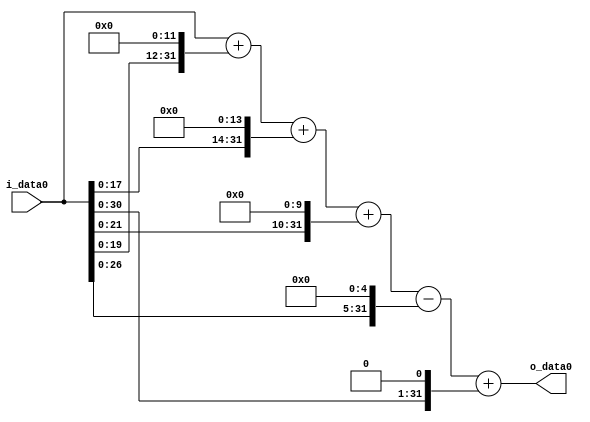
module multiplier_block_81 (
    i_data0,
    o_data0
);
  input   [31:0] i_data0;
  output  [31:0]
    o_data0;
  wire [31:0]
    w1,
    w4096,
    w4097,
    w16384,
    w20481,
    w1024,
    w21505,
    w32,
    w21473,
    w2,
    w21475;
  assign w1 = i_data0;
  assign w1024 = w1 << 10;
  assign w16384 = w1 << 14;
  assign w2 = w1 << 1;
  assign w20481 = w4097 + w16384;
  assign w21473 = w21505 - w32;
  assign w21475 = w21473 + w2;
  assign w21505 = w20481 + w1024;
  assign w32 = w1 << 5;
  assign w4096 = w1 << 12;
  assign w4097 = w1 + w4096;
  assign o_data0 = w21475;
endmodule